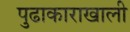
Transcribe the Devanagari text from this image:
पुढाकाराखाली